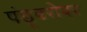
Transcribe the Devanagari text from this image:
पंडूबरोबर